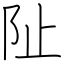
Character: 阯